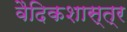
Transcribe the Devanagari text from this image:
वैदिकशास्त्र